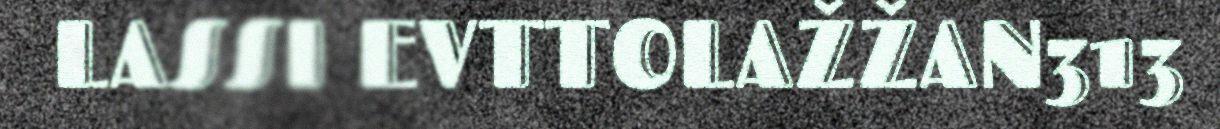
LASSI EVTTOLAŽŽAN313